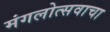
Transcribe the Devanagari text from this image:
मंगलोत्सवाचा